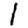
Digit: 1